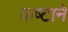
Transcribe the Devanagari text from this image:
कष्‍टाने